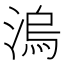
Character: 溩